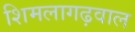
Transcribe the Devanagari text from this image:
शिमलागढ़वाल